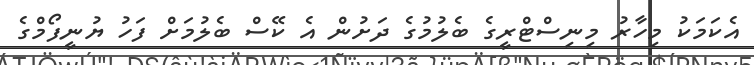
އެކަމަކު މިހާރު މިނިސްޓްރީގެ ބެލުމުގެ ދަށުން އެ ކޭސް ބެލުމަށް ފަހު ޔުނީފޯމްގެ